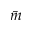
\bar { m }